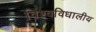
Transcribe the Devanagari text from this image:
विश्वविधालीय